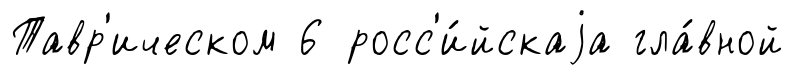
Тавр'ическом 6 росс'и́йскаjа гла́вной